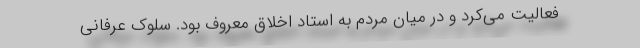
فعالیت می‌کرد و در میان مردم به استاد اخلاق معروف بود. سلوک عرفانی